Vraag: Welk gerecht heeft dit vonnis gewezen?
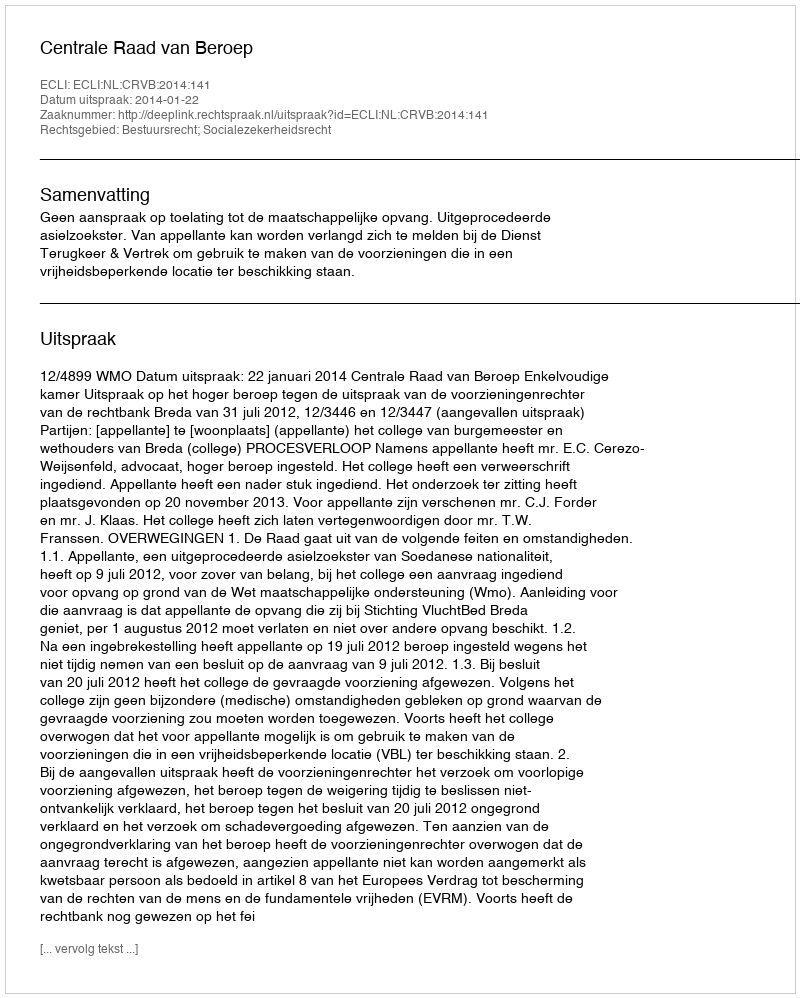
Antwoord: Centrale Raad van Beroep